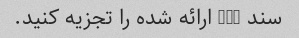
سند XML ارائه شده را تجزیه کنید.